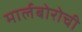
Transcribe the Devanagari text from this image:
मार्लबोरोची